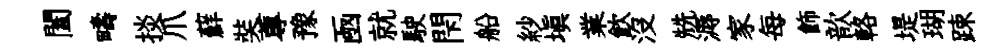
闔疇掞爪蘚奘蓴豫凾就駛閇船紗填業飲没兟溽家每飾歆輅堤瑚踈